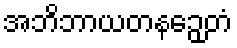
အဘိဘာယတနဉှေတံ